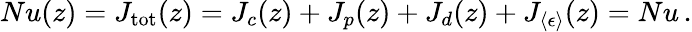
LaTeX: Nu(z)=J_{\mathrm{tot}}(z)=J_{c}(z)+J_{p}(z)+J_{d}(z)+J_{\langle\epsilon\rangle}(z)=Nu\, .